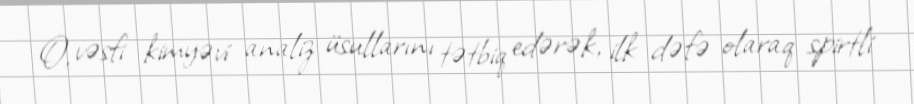
O, vəsfi kimyəvi analiz üsullarını tətbiq edərək, ilk dəfə olaraq spirtli